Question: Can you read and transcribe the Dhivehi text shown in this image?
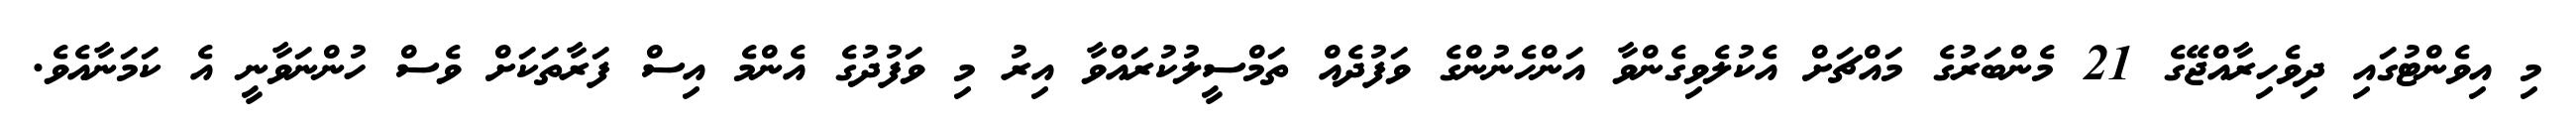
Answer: މި އިވެންޓުގައި ދިވެހިރާއްޖޭގެ 21 މެންބަރުގެ މައްޗަށް އެކުލެވިގެންވާ އަންހެނުންގެ ވަފުދެއް ތަމްސީލުކުރައްވާ އިރު މި ވަފުދުގެ އެންމެ އިސް ފަރާތަކަށް ވެސް ހުންނަވާނީ އެ ކަމަނާއެވެ.